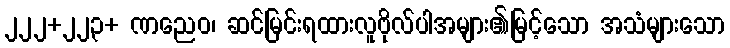
၂၂၂+၂၂၃+ ဏညေဝ၊ ဆင်မြင်းရထားလူဗိုလ်ပါအများ၏မြင့်သော အသံများသော